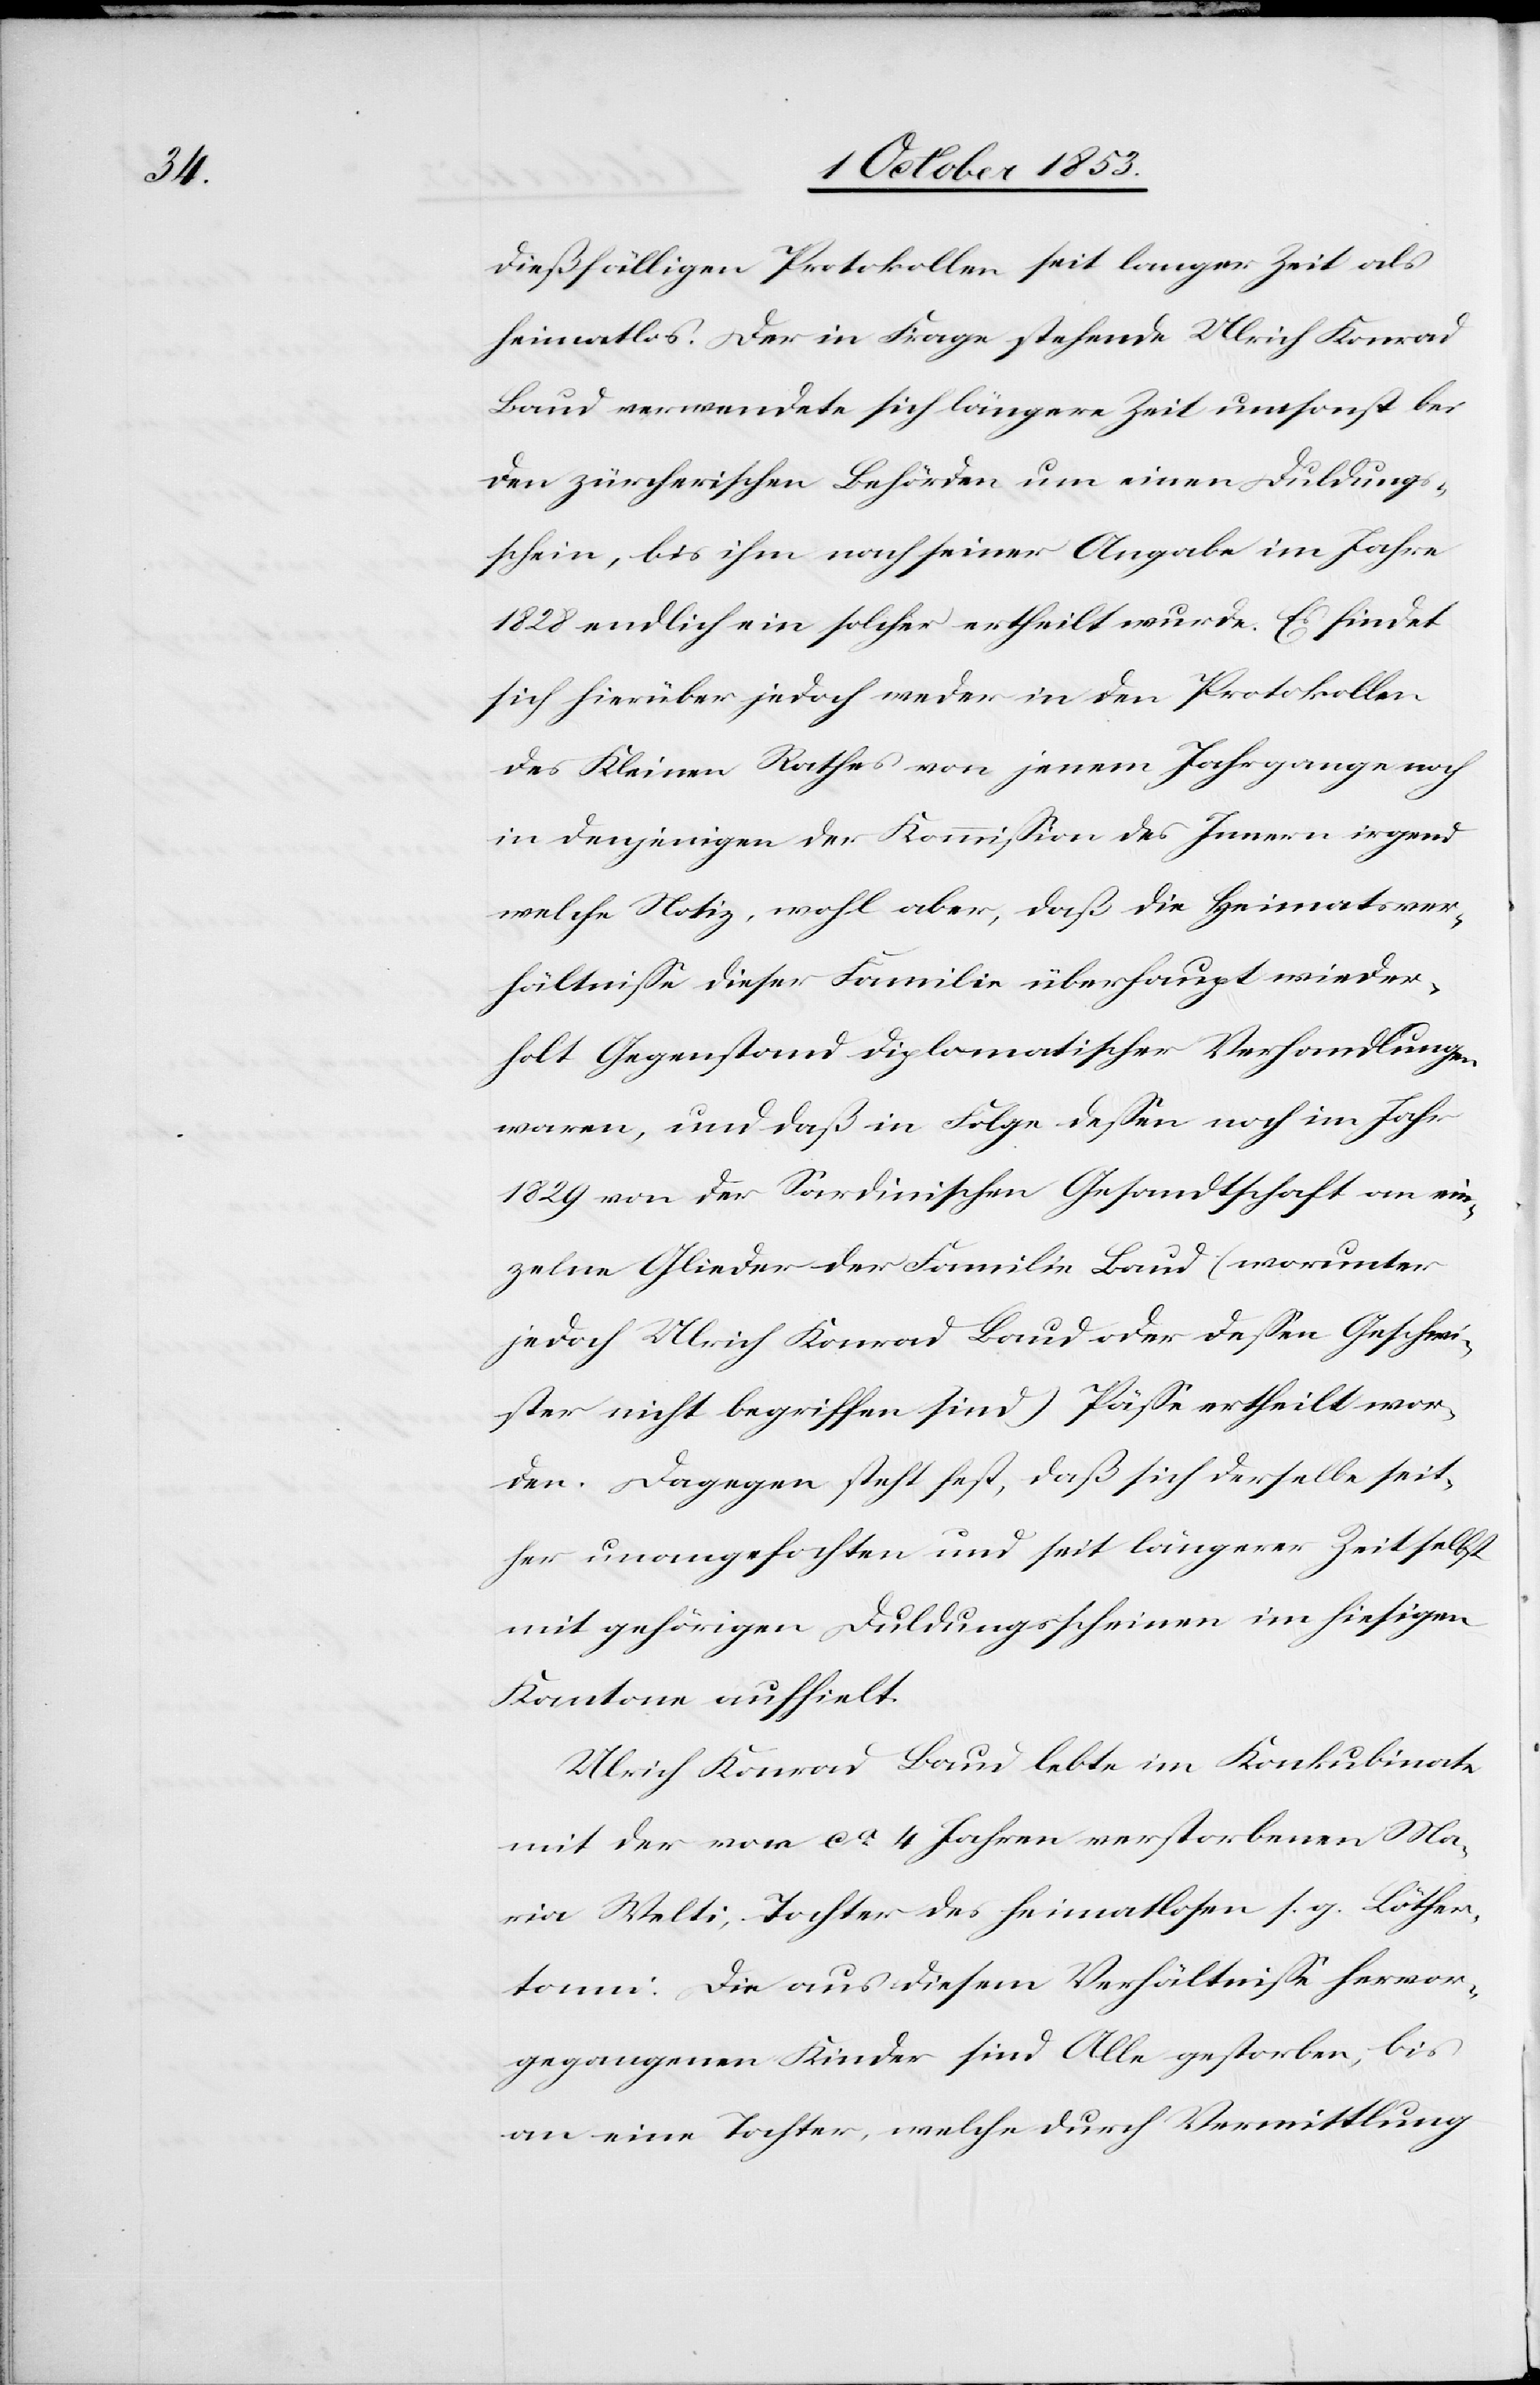
dießfälligen Protokollen seit langer Zeit als
heimatlos. Der in Frage stehende Ulrich Konrad
Baud verwendete sich längere Zeit umsonst bei
den zürcherischen Behörden um einen Duldungs¬
schein, bis ihm nach seiner Angabe im Jahre
1828 endlich ein solcher ertheilt wurde. Es findet
sich hierüber jedoch weder in den Protokollen
des Kleinen Rathes von jenem Jahrgange noch
in denjenigen der Kommission des Innern irgend
welche Notiz, wohl aber, daß die Heimatver¬
hältniße dieser Familie überhaupt wieder¬
holt Gegenstand diplomatischer Verhandlungen
waren, und daß in Folge deßen noch im Jahr
1829 von der Sardinischen Gesandtschaft an ein¬
zelne Glieder der Familie Baud (worunter
jedoch Ulrich Konrad Baud oder deßen Geschwi¬
ster nicht begriffen sind) Päße ertheilt wor¬
den. Dagegen steht fest, daß sich derselbe seit¬
her unangefochten und sei längerer Zeit selbst
mit gehörigen Duldungsscheinen im hiesigen
Kantone aufhielt.
Ulrich Konrad Baud lebte im Konkubinate
mit der vor ca 4 Jahren verstorbenen Ma¬
ria Welti, Tochter des Heimatlosen s. g. Löther¬
tonni. Die aus diesem Verhältniße hervor¬
gegangenen Kinder sind Alle gestorben, bis
an eine Tochter, welche durch Vermittlung